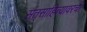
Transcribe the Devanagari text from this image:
संतसाहित्यावरची